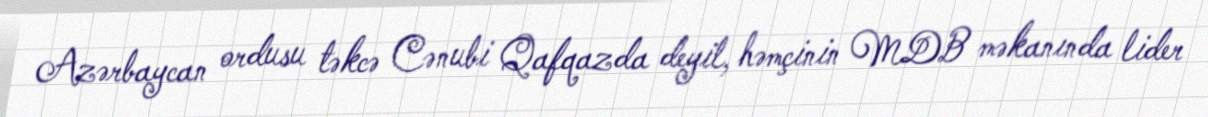
Azərbaycan ordusu təkcə Cənubi Qafqazda deyil, həmçinin MDB məkanında lider